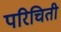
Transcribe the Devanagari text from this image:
परिचिती